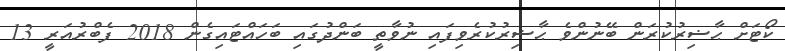
ކޯޓަށް ޙާޟިރުކުރަން ބޭނުންވެ ޙާޟިރުކުރެވިފައި ނުވާތީ ބަންދުގައި ބަހައްޓައިގެން 2018 ފެބްރުއަރީ 13